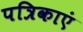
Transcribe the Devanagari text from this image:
पत्रिकाएं